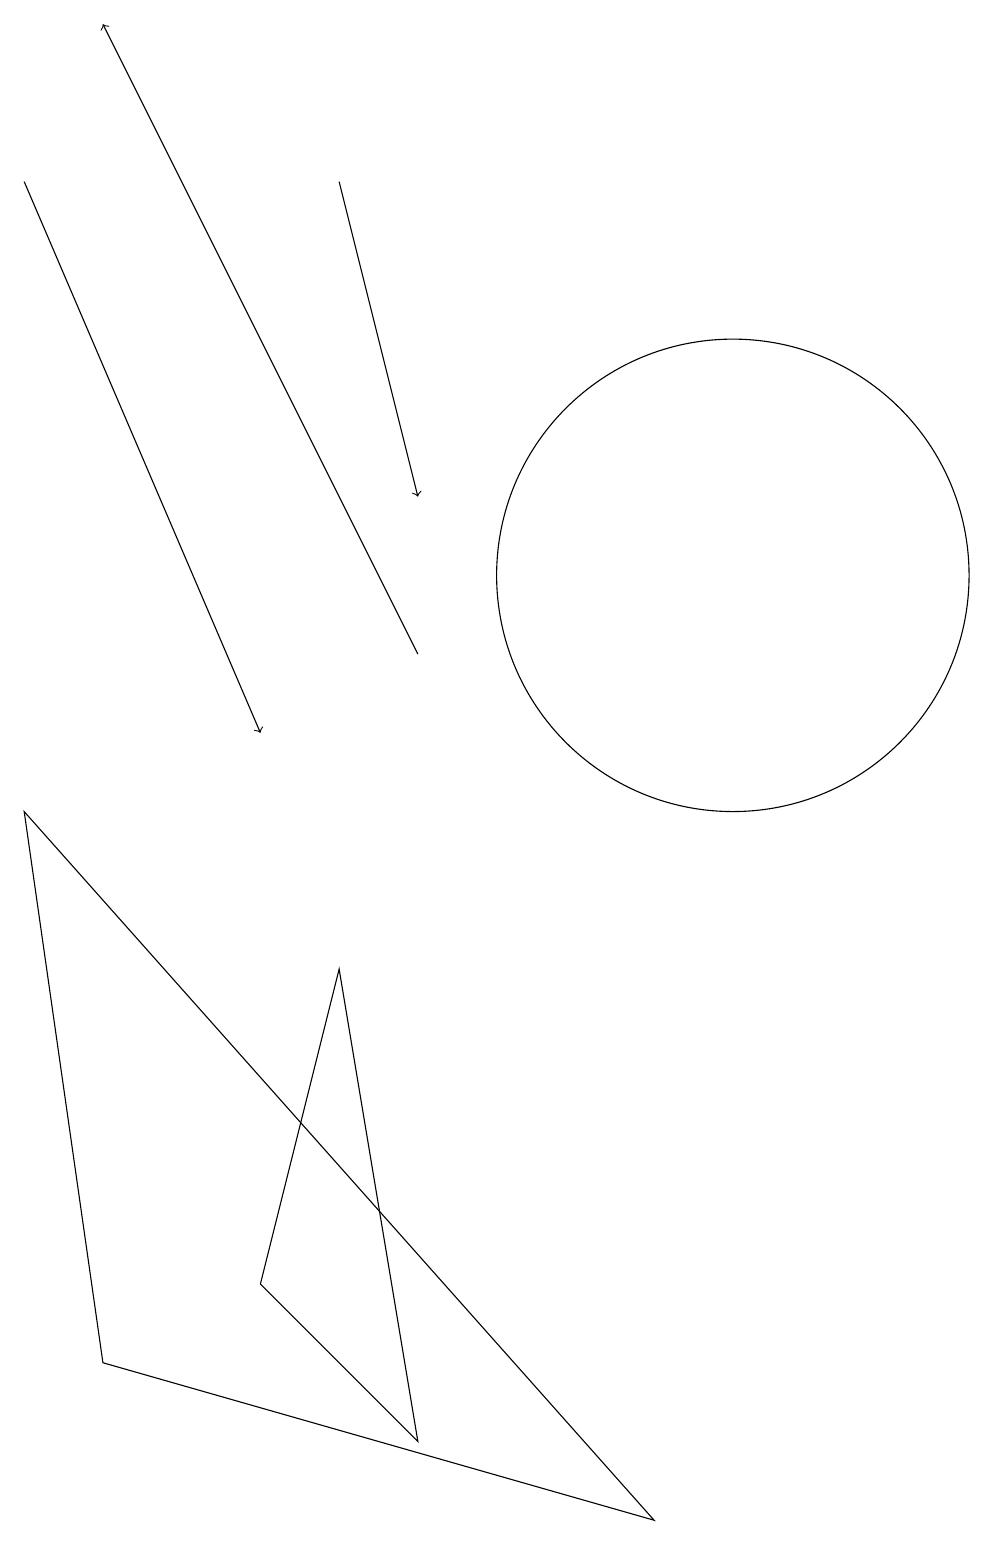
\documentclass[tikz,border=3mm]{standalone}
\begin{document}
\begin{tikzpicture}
\draw (10,12) circle (3);
\draw[->] (1,17) -- (4,10);
\draw[->] (5,17) -- (6,13);
\draw (4,3) -- (6,1) -- (5,7) -- cycle;
\draw[->] (6,11) -- (2,19);
\draw (9,0) -- (1,9) -- (2,2) -- cycle;
\draw (11,11) circle (0);
\draw (11,11) circle (0);
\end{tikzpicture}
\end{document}